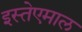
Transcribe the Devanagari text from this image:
इस्तेएमाल